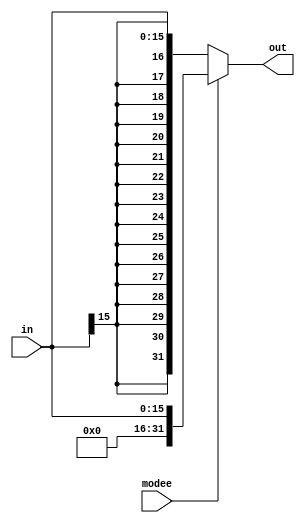
module sign_zero_ext(
input wire [15:0]  in, output wire [31:0] out, input  wire modee
);

assign out = (modee)? {{16{1'b0}},in[15:0]} :{{16{in[15]}},in[15:0]} ;

endmodule